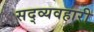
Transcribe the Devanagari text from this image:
सद्व्यवहारी